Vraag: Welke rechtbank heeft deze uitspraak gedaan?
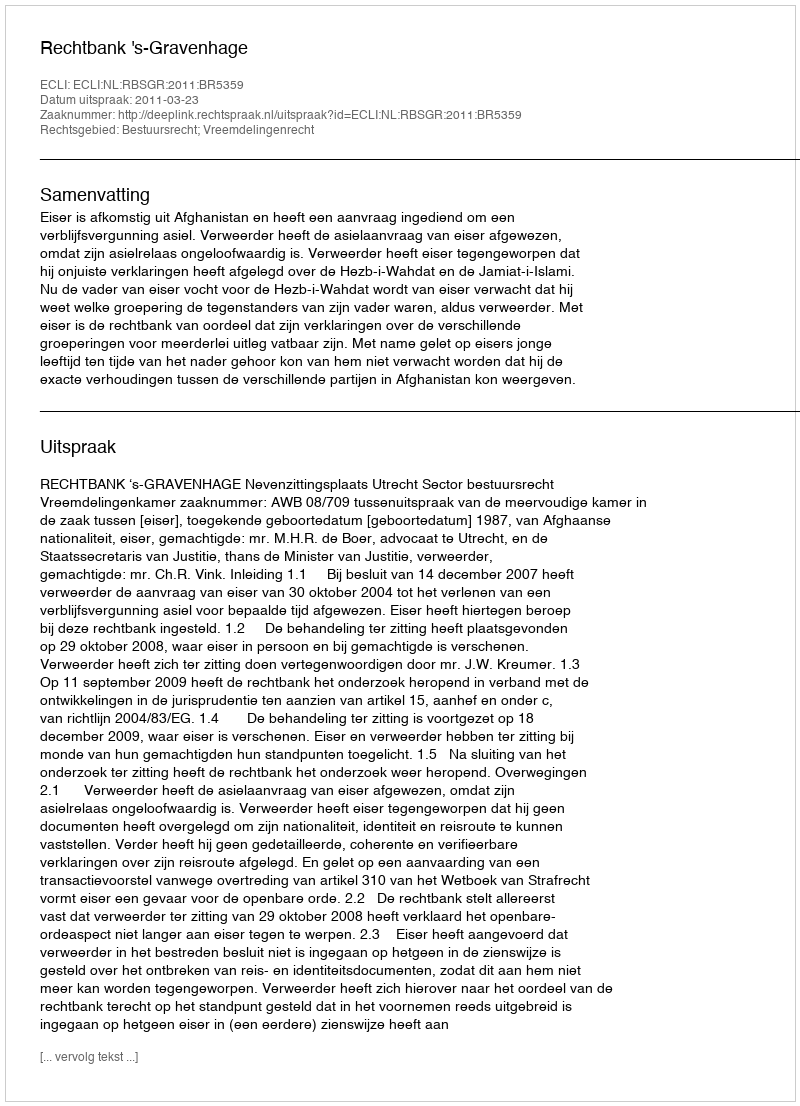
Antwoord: Rechtbank 's-Gravenhage